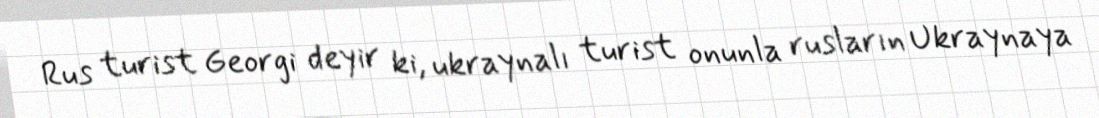
Rus turist Georgi deyir ki, ukraynalı turist onunla rusların Ukraynaya